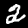
Digit: 2